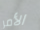
الأمر